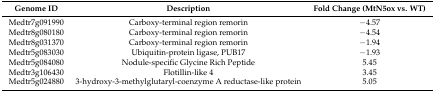
| Genome ID | Description | Fold Change (MtN5ox vs. WT) |
 | --- | --- | --- |
 | Medtr7g091990 | Carboxy-terminal region remorin | −4.57 |
 | Medtr8g080180 | Carboxy-terminal region remorin | −4.54 |
 | Medtr8g031370 | Carboxy-terminal region remorin | −1.94 |
 | Medtr5g083030 | Ubiquitin-protein ligase, PUB17 | −1.93 |
 | Medtr5g084080 | Nodule-specific Glycine Rich Peptide | 5.45 |
 | Medtr3g106430 | Flotillin-like 4 | 3.45 |
 | Medtr5g024880 | 3-hydroxy-3-methylglutaryl-coenzyme A reductase-like protein | 5.05 |